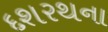
દશરથના